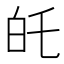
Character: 𭽉